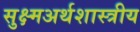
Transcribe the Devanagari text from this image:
सुक्ष्मअर्थशास्त्रीय